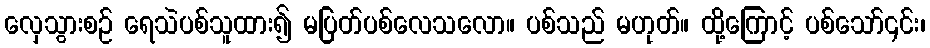
လှေသွားစဉ် ရေသဲပစ်သူထား၍ မပြတ်ပစ်လေသလော။ ပစ်သည် မဟုတ်။ ထို့ကြောင့် ပစ်သော်၎င်း၊